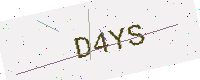
Text: D4YS